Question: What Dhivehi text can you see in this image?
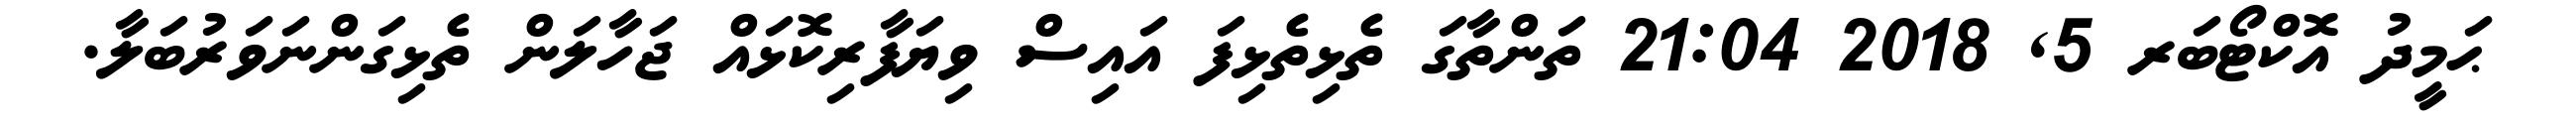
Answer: ޙަމީދު އޮކްޓޯބަރ 5, 2018 21:04 ތަންތާގަ ތެޅިތެޅިފަ އައިސް ވިޔަފާރިކޮޅައް ޖަހާލަން ތެޅިގަންނަވަރުބަލާ.